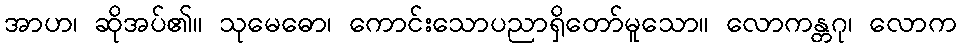
အာဟ၊ ဆိုအပ်၏။ သုမေဓော၊ ကောင်းသောပညာရှိတော်မူသော။ လောကန္တဂု၊ လောက